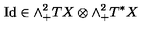
\mathrm { I d } \in \wedge _ { + } ^ { 2 } T X \otimes \wedge _ { + } ^ { 2 } T ^ { * } X